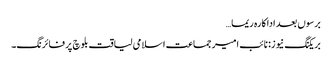
برسوں بعد اداکارہ ریما…
بریکنگ نیوز: نائب امیر جماعت اسلامی لیاقت بلوچ پر فائرنگ۔